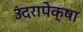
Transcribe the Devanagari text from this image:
उंदरापेक्षा